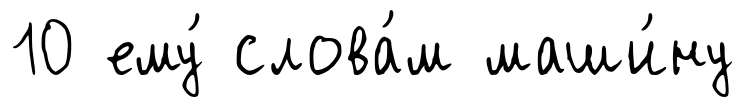
10 ему́ слова́м маши́ну